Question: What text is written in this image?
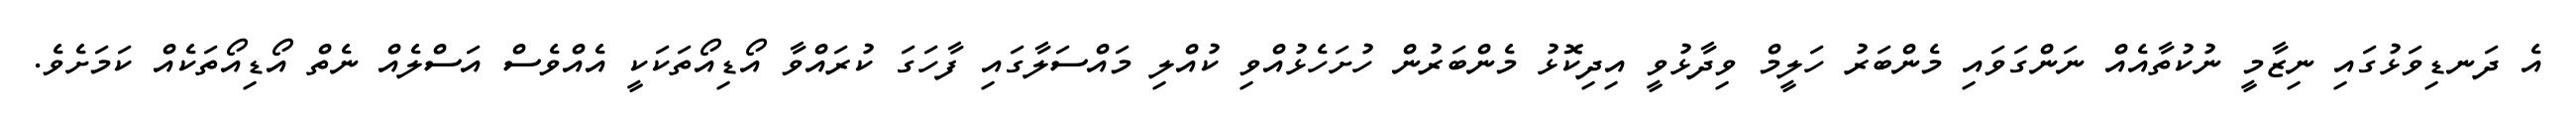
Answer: އެ ދަނޑިވަޅުގައި ނިޒާމީ ނުކުތާއެއް ނަންގަވައި މެންބަރު ހަލީމް ވިދާޅުވީ އިދިކޮޅު މެންބަރުން ހުށަހެޅުއްވި ކުއްލި މައްސަލާގައި ފާހަގަ ކުރައްވާ އޯޑިއޯތަކަކީ އެއްވެސް އަސްލެއް ނެތް އޯޑިއޯތަކެއް ކަމަށެވެ.